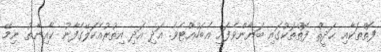
ފޮތްތަކާއި ޙަދީޘް ފޮތްތަކުގައި ބަޔާންވެފައި އެބަހުއްޓެވެ. އަދި އަދި އިތުރުއެކަލޭގެފާނު ކާއިނާތު ނިމޭ